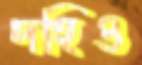
দহিও